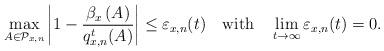
LaTeX: \begin{align*}\max_{A\in\mathcal{P}_{x,n}}\left|1-\frac{\beta_{x}\left(A\right)}{q_{x,n}^{t}(A)}\right|\le\varepsilon_{x,n}(t)\quad\textrm{with}\quad\lim_{t\to\infty}\varepsilon_{x,n}(t)=0.\end{align*}